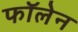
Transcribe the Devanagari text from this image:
फॉलेन